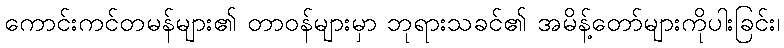
ကောင်းကင်တမန်များ၏ တာဝန်များမှာ ဘုရားသခင်၏ အမိန့်တော်များကိုပါးခြင်း၊